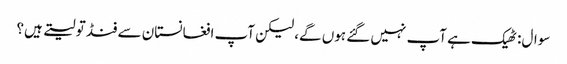
سوال: ٹھیک ہے آپ نہیں گئے ہوں گے، لیکن آپ افغانستان سے فنڈ تو لیتے ہیں؟